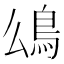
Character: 𩾮